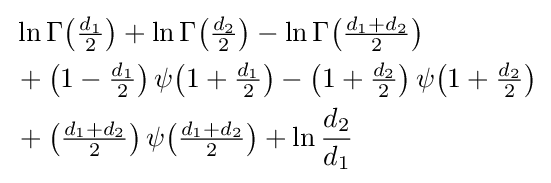
{\begin{aligned}&\ln \Gamma {\left({\tfrac {d_{1}}{2}}\right)}+\ln \Gamma {\left({\tfrac {d_{2}}{2}}\right)}-\ln \Gamma {\left({\tfrac {d_{1}+d_{2}}{2}}\right)}\\&+\left(1-{\tfrac {d_{1}}{2}}\right)\psi {\left(1+{\tfrac {d_{1}}{2}}\right)}-\left(1+{\tfrac {d_{2}}{2}}\right)\psi {\left(1+{\tfrac {d_{2}}{2}}\right)}\\&+\left({\tfrac {d_{1}+d_{2}}{2}}\right)\psi {\left({\tfrac {d_{1}+d_{2}}{2}}\right)}+\ln {\frac {d_{2}}{d_{1}}}\end{aligned}}